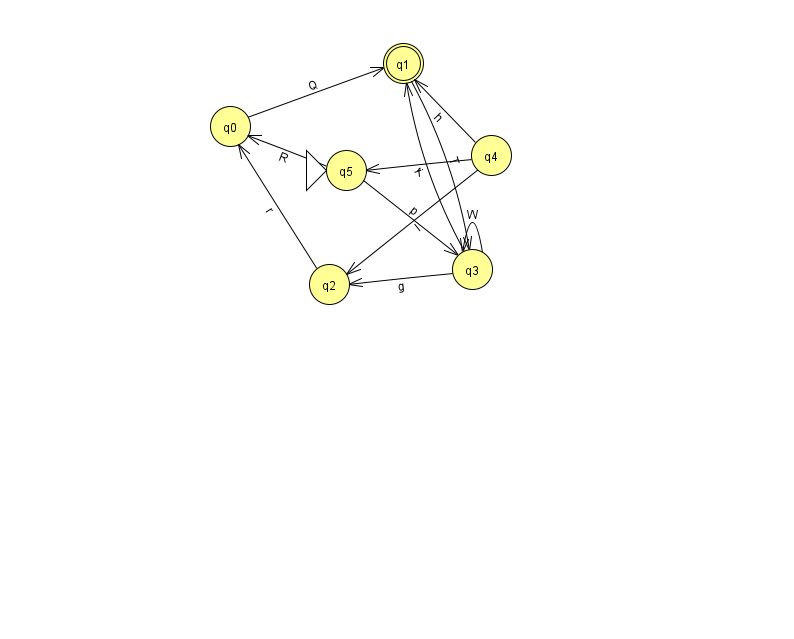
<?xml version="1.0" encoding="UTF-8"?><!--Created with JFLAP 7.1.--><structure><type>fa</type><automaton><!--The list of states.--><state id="0" name="q0"><x>230.0</x><y>113.0</y></state><state id="1" name="q1"><x>403.0</x><y>50.0</y><final/></state><state id="2" name="q2"><x>329.0</x><y>271.0</y></state><state id="3" name="q3"><x>472.0</x><y>256.0</y></state><state id="4" name="q4"><x>491.0</x><y>142.0</y></state><state id="5" name="q5"><x>346.0</x><y>157.0</y><initial/></state><!--The list of transitions.--><transition><from>1</from><to>3</to><read>T</read></transition><transition><from>2</from><to>0</to><read>r</read></transition><transition><from>5</from><to>3</to><read>p</read></transition><transition><from>3</from><to>3</to><read>W</read></transition><transition><from>4</from><to>1</to><read>h</read></transition><transition><from>4</from><to>5</to><read>f</read></transition><transition><from>3</from><to>2</to><read>g</read></transition><transition><from>4</from><to>2</to><read>l</read></transition><transition><from>5</from><to>0</to><read>R</read></transition><transition><from>0</from><to>1</to><read>Q</read></transition><transition><from>3</from><to>1</to><read>i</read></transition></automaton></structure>